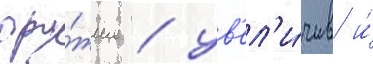
ору́жие / ув'ел'и́чив и́